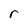
Character: r